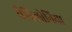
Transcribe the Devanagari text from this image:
वैबिलोनिया